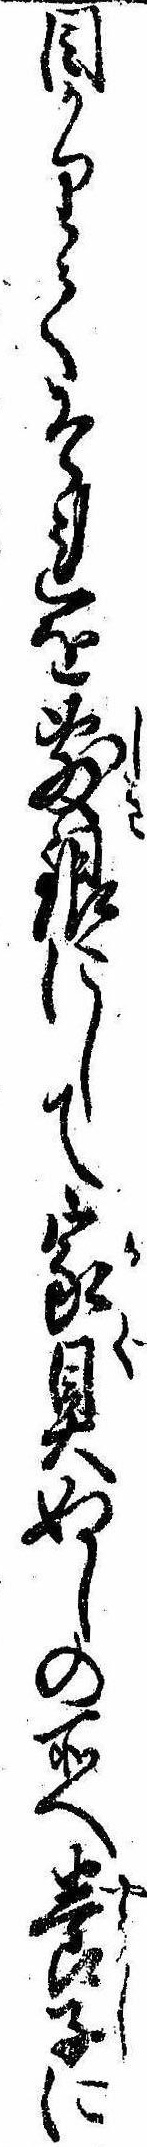
目かりてそれを敷銀にして家具ぬしの所へ養子に